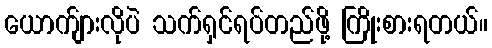
ယောက်ျားလိုပဲ သက်ရှင်ရပ်တည်ဖို့ ကြိုးစားရတယ်။